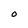
Character: O